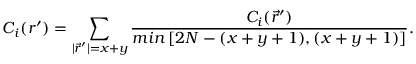
C _ { i } ( r ^ { \prime } ) = \sum _ { | \vec { r } ^ { \prime } | = x + y } \frac { C _ { i } ( \vec { r } ^ { \prime } ) } { m i n \left[ 2 N - ( x + y + 1 ) , ( x + y + 1 ) \right] } .